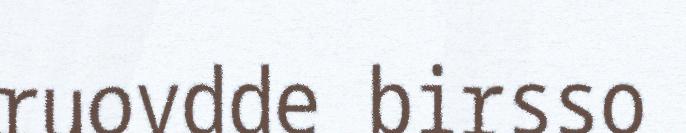
ruovdde birsso